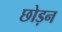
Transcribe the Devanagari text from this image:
छोड़न